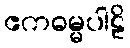
ဧကဓမ္မပါဠိ